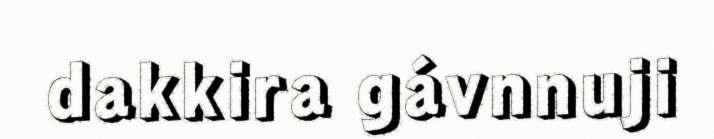
dakkira gávnnuji